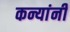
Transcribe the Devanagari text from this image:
कन्यांनी